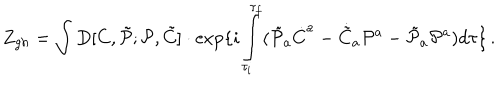
LaTeX: Z _ { g h } = \int D [ C , \tilde { \cal P } ; { \cal P } , \tilde { C } ] \cdot \exp \{ i \int _ { \tau _ { i } } ^ { \tau _ { f } } ( \tilde { \cal P } _ { a } \dot { C } ^ { a } - \dot { \tilde { C } } _ { a } { \cal P } ^ { a } - \tilde { \cal P } _ { a } { \cal P } ^ { a } ) d \tau \} \, .